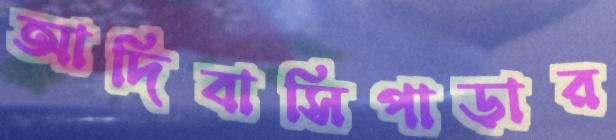
আদিবাসিপাড়ার